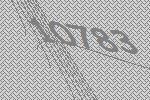
10783